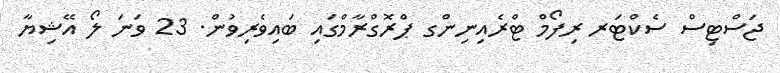
ޖަސްޓިސް ސެކްޓަރ ރިފޯމް ޓްރެއިނިންގ ޕްރޮގްރާމްގައި ބައިވެރިވުން. 23 ވަނަ ލޯ އޭޝިޔާ